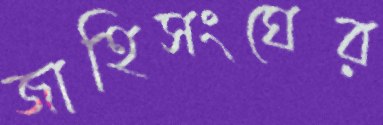
জাহিসংঘের